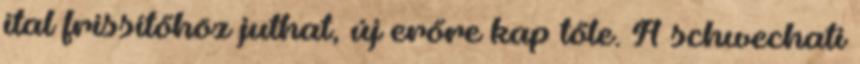
ital frissítőhöz juthat, új erőre kap tőle. A schwechati